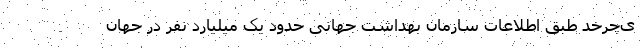
ی‌چرخد طبق اطلاعات سازمان بهداشت جهانی حدود یک میلیارد نفر در جهان